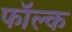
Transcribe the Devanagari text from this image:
फॉल्क